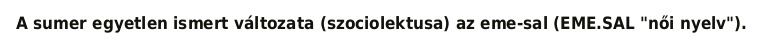
A sumer egyetlen ismert változata (szociolektusa) az eme-sal (EME.SAL "női nyelv").